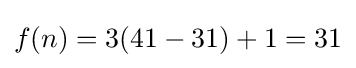
f(n)=3(41-31)+1=31